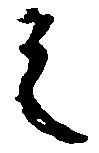
之